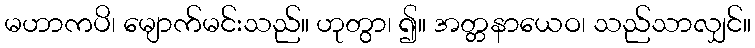
မဟာကပိ၊ မျောက်မင်းသည်။ ဟုတွာ၊ ၍။ အတ္တနာယေဝ၊ သည်သာလျှင်။